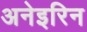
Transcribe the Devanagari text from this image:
अनेइरिन